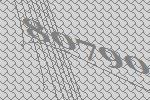
80790